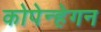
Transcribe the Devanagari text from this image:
कोपेन्हेगन